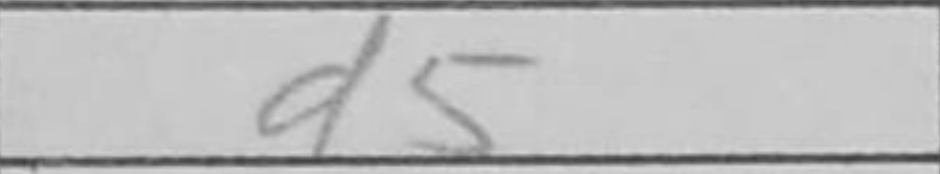
Transcription: d5